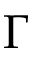
\Gamma